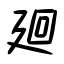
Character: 廻